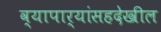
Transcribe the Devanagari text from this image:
व्यापार्‍यांसहदेखील